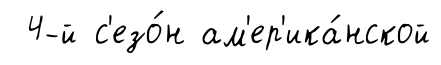
4-й с'езо́н ам'ер'ика́нской